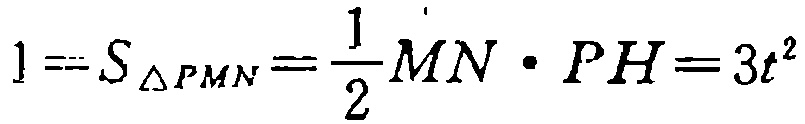
\(1 = S_{\triangle PMN}=\frac{1}{2}MN\cdot PH = 3t^{2}\)